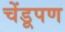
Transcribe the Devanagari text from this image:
चेंडूपण